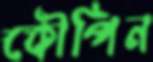
কৌপিন